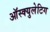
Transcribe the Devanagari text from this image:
ऑस्क्युलेटिग